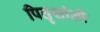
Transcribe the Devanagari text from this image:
पितृशांती